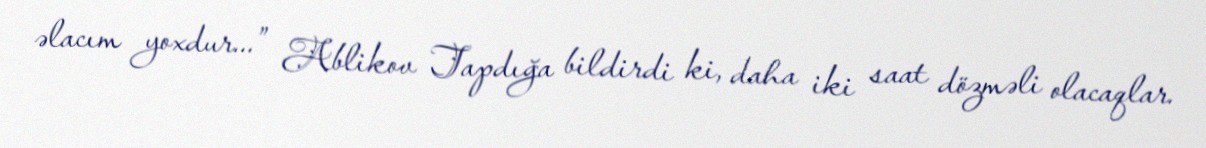
əlacım yoxdur...” Ablikov Tapdığa bildirdi ki, daha iki saat dözməli olacaqlar.